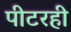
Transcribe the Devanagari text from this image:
पीटरही